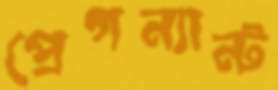
প্রেগন্যান্ট